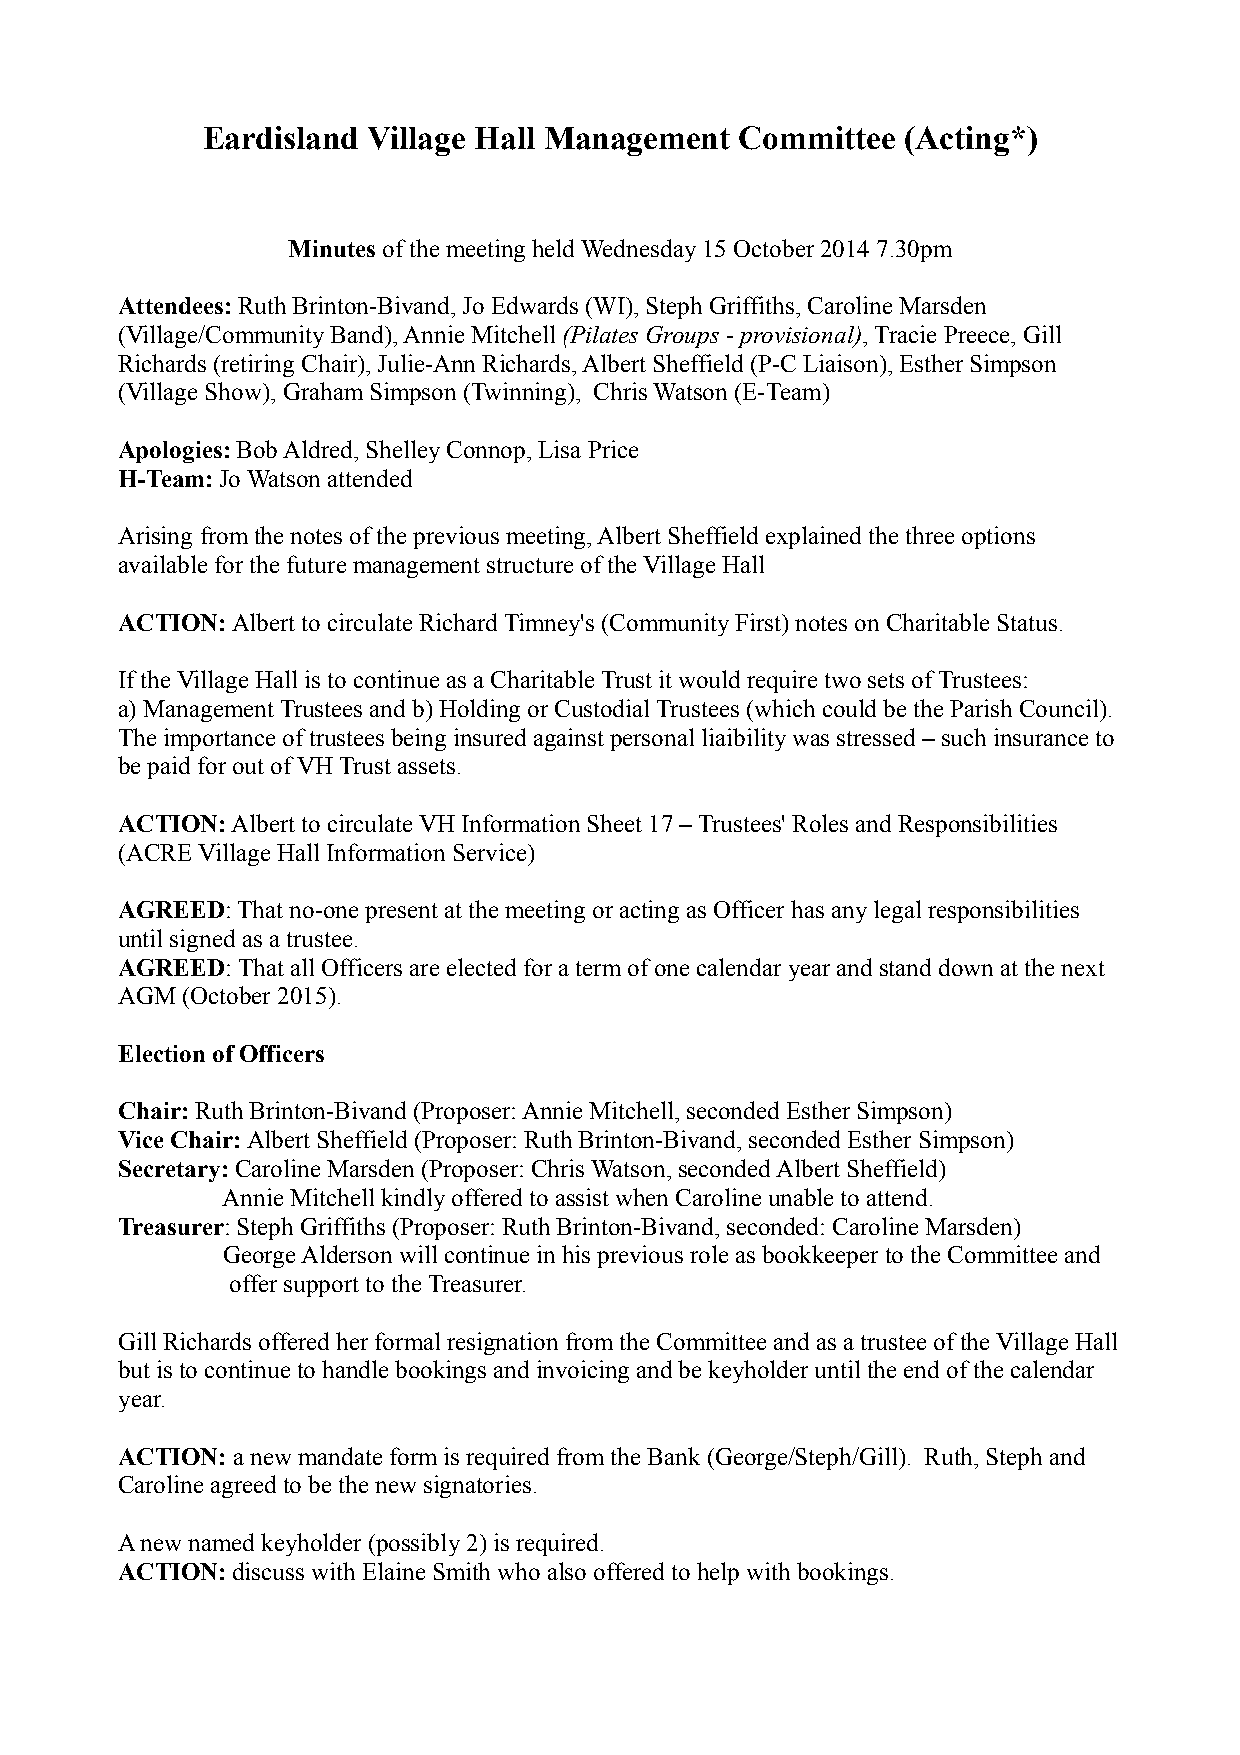
Eardisland Village Hall Management  Committee  (Acting*)
 Minutes of the meeting held Wednesday 15 October 2014 7.30pm
 Attendees: Ruth Brinton-Bivand, Jo Edwards (WI), Steph Griffiths, Caroline Marsden
 (Village/Community Band), Annie Mitchell (Pilates Groups - provisional), Tracie Preece, Gill
 Richards (retiring Chair), Julie-Ann Richards, Albert Sheffield (P-C Liaison), Esther Simpson
 (Village Show), Graham Simpson (Twinning), Chris Watson (E-Team)
 Apologies: Bob Aldred, Shelley Connop, Lisa Price
 H-Team: Jo Watson attended
 Arising from the notes of the previous meeting, Albert Sheffield explained the three options
 available for the future management structure of the Village Hall
 ACTION: Albert to circulate Richard Timney's (Community First) notes on Charitable Status.
 If the Village Hall is to continue as a Charitable Trust it would require two sets of Trustees:
 a) Management Trustees and b) Holding or Custodial Trustees (which could be the Parish Council).
 The importance of trustees being insured against personal liaibility was stressed – such insurance to
 be paid for out of VH Trust assets.
 ACTION: Albert to circulate VH Information Sheet 17 – Trustees' Roles and Responsibilities
 (ACRE Village Hall Information Service)
 AGREED: That no-one present at the meeting or acting as Officer has any legal responsibilities
 until signed as a trustee.
 AGREED: That all Officers are elected for a term of one calendar year and stand down at the next
 AGM (October 2015).
 Election of Officers
 Chair: Ruth Brinton-Bivand (Proposer: Annie Mitchell, seconded Esther Simpson)
 Vice Chair: Albert Sheffield (Proposer: Ruth Brinton-Bivand, seconded Esther Simpson)
 Secretary: Caroline Marsden (Proposer: Chris Watson, seconded Albert Sheffield)
 Annie Mitchell kindly offered to assist when Caroline unable to attend.
 Treasurer: Steph Griffiths (Proposer: Ruth Brinton-Bivand, seconded: Caroline Marsden)
 George Alderson will continue in his previous role as bookkeeper to the Committee and
 offer support to the Treasurer.
 Gill Richards offered her formal resignation from the Committee and as a trustee of the Village Hall
 but is to continue to handle bookings and invoicing and be keyholder until the end of the calendar
 year.
 ACTION: a new mandate form is required from the Bank (George/Steph/Gill). Ruth, Steph and
 Caroline agreed to be the new signatories.
 A new named keyholder (possibly 2) is required.
 ACTION: discuss with Elaine Smith who also offered to help with bookings.